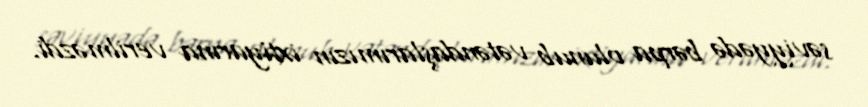
səviyyədə bərpa olunub vətəndaşlarımızın ixtiyarına verilməzdi.